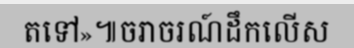
តទៅ»៕ចរាចរណ៍ដឹកលើស